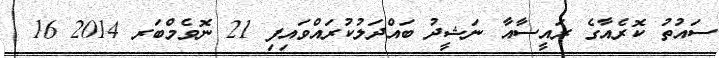
ސައުތު ކޮރެއާގެ ރައީސާއާ ނަޝީދު ބައްދަލުކުރައްވައިފި 21 ނޮވެމްބަރ 2014 16